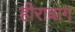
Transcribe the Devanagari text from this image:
हीराबाग